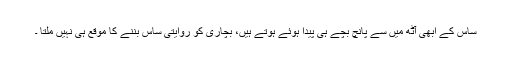
ساس کے ابھی آٹھ میں سے پانچ بچے ہی پیدا ہوئے ہوتے ہیں، بچاری کو روایتی ساس بننے کا موقع ہی نہیں ملتا ۔